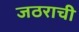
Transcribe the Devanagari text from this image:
जठराची